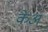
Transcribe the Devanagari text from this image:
केअ